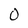
Character: 0